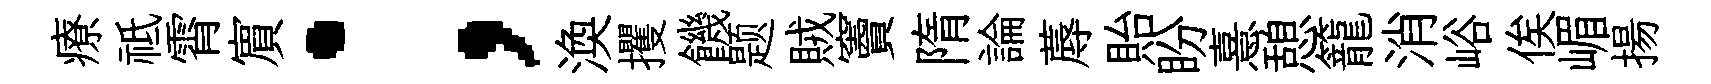
療祗霄賔；渙攫饑题賊竇隋論蓐貽盼憙憩籠消峪俟嵋揚